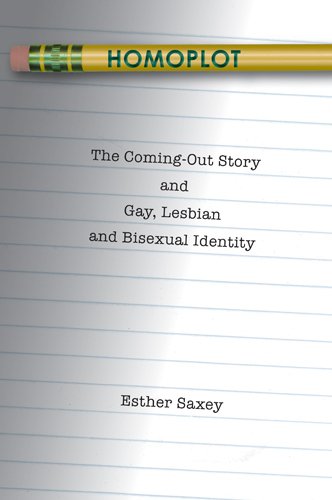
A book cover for Homoplot: The Coming-Out Story and Gay, Lesbian and Bisexual Identity (Gender, Sexuality, and Culture); Esther Saxey; Gay & Lesbian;